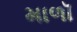
માળૉ